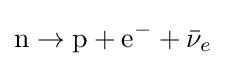
\mathrm {n} \rightarrow \mathrm {p} +\mathrm {e} ^{-}+{\bar {\nu }}_{e}